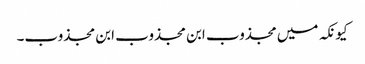
کیونکہ میں مجذوب ابن مجذوب ابن مجذوب۔